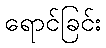
ရောင်ခြင်း